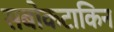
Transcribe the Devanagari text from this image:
सबोकटाकिन